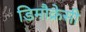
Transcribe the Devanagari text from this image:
डिमौक्रेसी